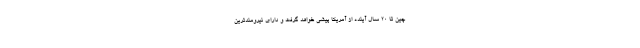
چین تا ۲۰ سال آینده از آمریکا پیشی خواهد گرفت و دارای نیرومندترین